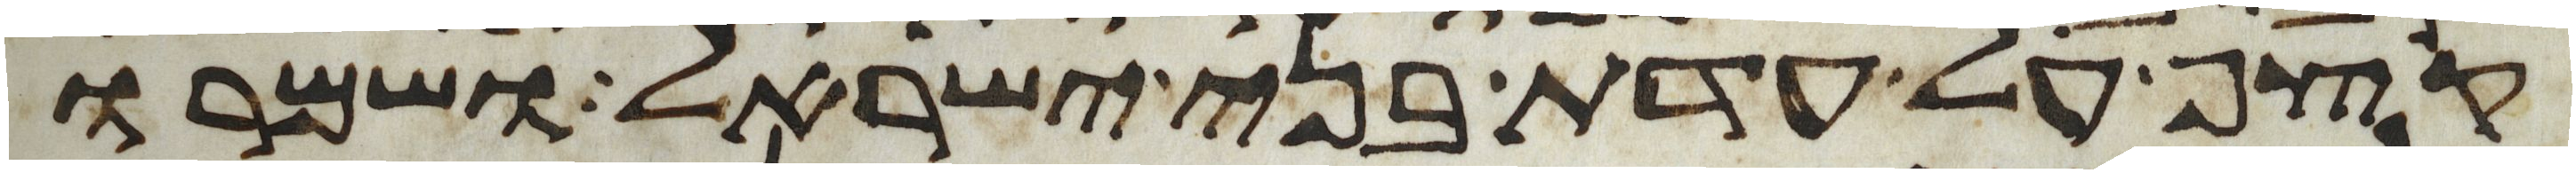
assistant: קצף על עדת בני ישראל ושמרו